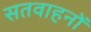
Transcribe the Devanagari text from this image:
सतवाहनों